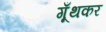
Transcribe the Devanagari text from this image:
गूँथकर